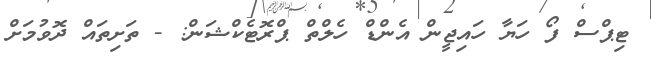
ޓިޕްސް ފޯ ހަޔާ ހައިޖީން އެންޑް ހެލްތް ޕްރޮޓެކްޝަން: - ތަށިތައް ދޮވުމަށް